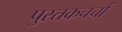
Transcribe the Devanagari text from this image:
पुस्तकचर्चा